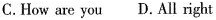
C.How are you D.All right